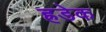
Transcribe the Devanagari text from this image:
ह्रडेक